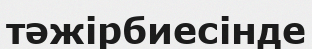
тәжірбиесінде